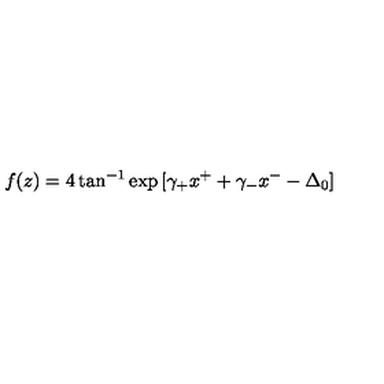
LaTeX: f ( z ) = 4 \tan ^ { - 1 } \exp { [ \gamma _ { + } x ^ { + } + \gamma _ { - } x ^ { - } - \Delta _ { 0 } ] }